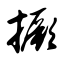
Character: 撅